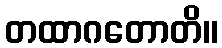
တထာဂတောတိ။